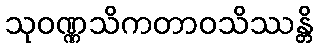
သုဝဏ္ဏသိကတာဝသိဿန္တိ